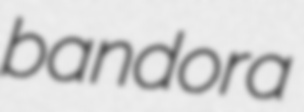
bandora